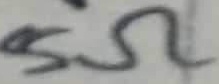
Text: 5Ω